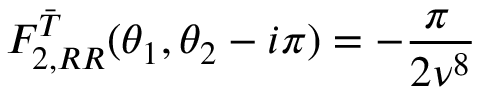
F _ { 2 , R R } ^ { \bar { T } } ( \theta _ { 1 } , \theta _ { 2 } - i \pi ) = - \frac { \pi \, } { 2 \nu ^ { 8 } }